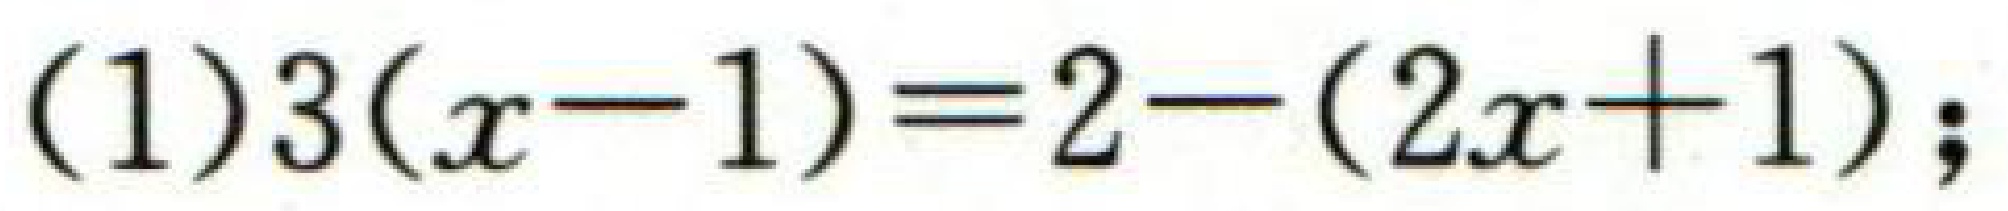
\((1)3(x - 1)==2-(2x + 1);\)